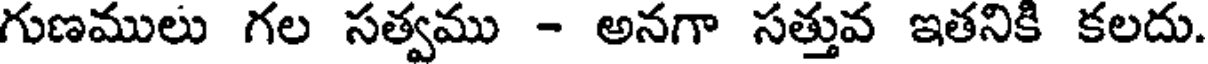
గుణములు గల సత్వము - అనగా సత్తువ ఇతనికి కలదు.